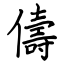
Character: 儔